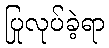
ပြုလုပ်ခဲ့ရာ